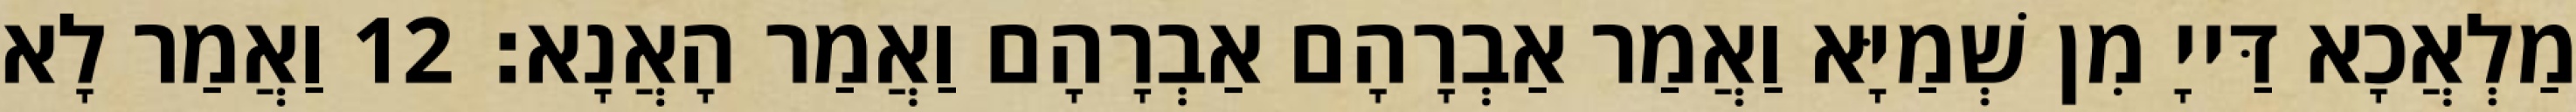
מַלְאֲכָא דַּייָ מִן שְׁמַיָּא וַאֲמַר אַבְרָהָם אַבְרָהָם וַאֲמַר הָאֲנָא׃ 12 וַאֲמַר לָא